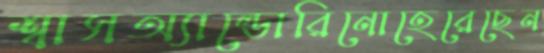
শ্বাসঅ্যাল্ডোরিনোহেরেছেন